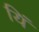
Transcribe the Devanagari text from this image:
यिं